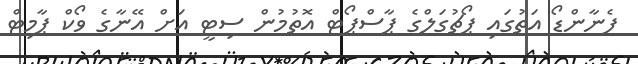
ފެނާންޑޯ އަތުގައި ޕޯޗުގަލްގެ ޕާސްޕޯޓް އޮތުމުން ސިޓީ އަށް އޭނާގެ ވޯކް ޕާމިޓް